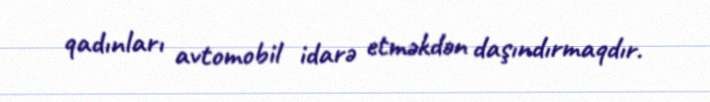
qadınları avtomobil idarə etməkdən daşındırmaqdır.